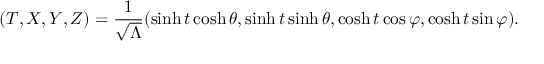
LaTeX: ( T , X , Y , Z ) = \frac { 1 } { \sqrt { \Lambda } } ( \sinh t \cosh \theta , \sinh t \sinh \theta , \cosh t \cos \varphi , \cosh t \sin \varphi ) .